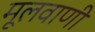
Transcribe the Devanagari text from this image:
मूलवाणी